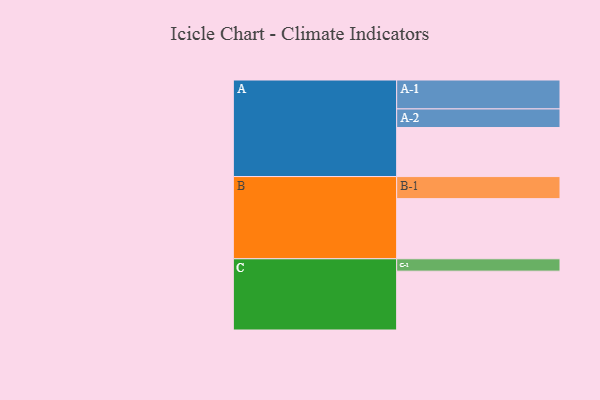
{"axis": {"x": "Segment", "y": "Value"}, "legend": ["", "A", "B", "C"], "data": [{"x": "A", "y": 451, "type": ""}, {"x": "B", "y": 553, "type": ""}, {"x": "C", "y": 541, "type": ""}, {"x": "A-1", "y": 266, "type": "A"}, {"x": "A-2", "y": 171, "type": "A"}, {"x": "B-1", "y": 203, "type": "B"}, {"x": "C-1", "y": 114, "type": "C"}]}